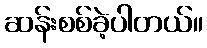
ဆန်းစစ်ခဲ့ပါတယ်။